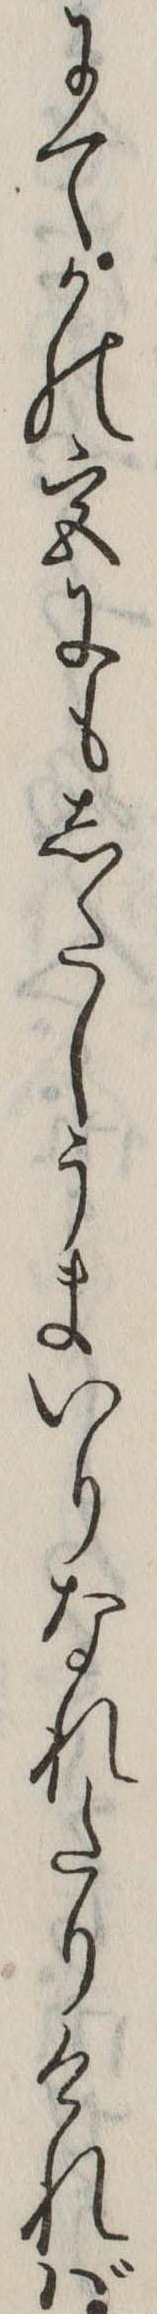
にてかの宮にもしたしうまいりなれたりければ